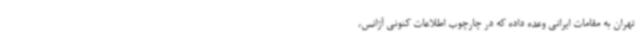
تهران به مقامات ایرانی وعده داده که در چارچوب اطلاعات کنونی آژانس،